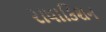
રાધાકિશન